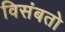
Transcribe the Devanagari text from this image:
विसंबतो